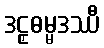
ဒဠှဓမ္မဒဿီ